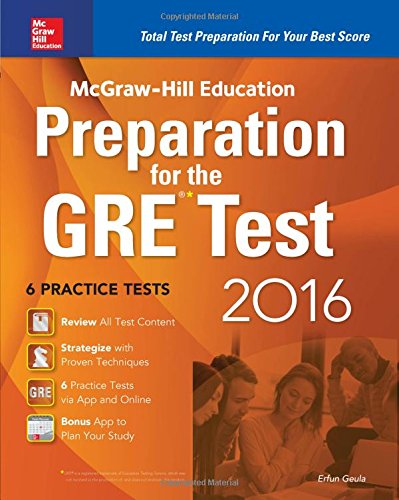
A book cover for McGraw-Hill Education Preparation for the GRE Test 2016: Strategies + 6 Practice Tests + 2 Apps; Erfun Geula ; Test Preparation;